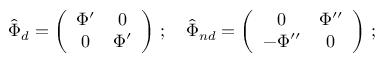
\hat { \Phi } _ { d } = \left( \begin{array} { c c c } { { \Phi ^ { \prime } } } & { { 0 } } \\ { { 0 } } & { { \Phi ^ { \prime } } } \end{array} \right) \, ; \, \, \, \, \, \, \hat { \Phi } _ { n d } = \left( \begin{array} { c c c } { { 0 } } & { { \Phi ^ { \prime \prime } } } \\ { { - \Phi ^ { \prime \prime } } } & { { 0 } } \end{array} \right) \, ;